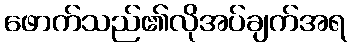
ဖောက်သည်၏လိုအပ်ချက်အရ